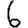
Digit: 6